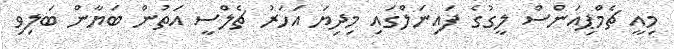
މިއީ ޗެމްޕިއަންސް ލީގުގެ ފައިނަލްގައި މިދިޔަ އަހަރު ޗެލްސީ އަތުން ބަޔާން ބަލިވި